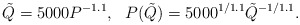
\begin{align*}\tilde{Q}=5000P^{-1.1}, \ \ P(\tilde{Q})=5000^{1/1.1}\tilde{Q}^{-1/1.1}.\end{align*}